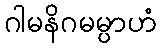
ဂါမနိဂမမ္ပာဟံ